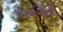
પાનગીરી